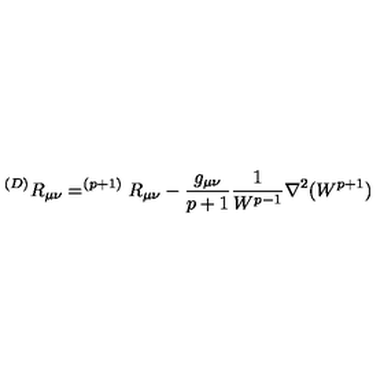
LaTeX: ^ { ( D ) } R _ { \mu \nu } = ^ { ( p + 1 ) } R _ { \mu \nu } - { \frac { g _ { \mu \nu } } { p + 1 } } { \frac { 1 } { W ^ { p - 1 } } } \nabla ^ { 2 } ( W ^ { p + 1 } )